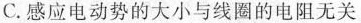
C. 感应电动势的大小与线圈的电阻无关